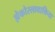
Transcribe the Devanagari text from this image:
झेकोस्लावाकिया